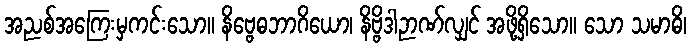
အညစ်အကြေးမှကင်းသော။ နိဗ္ဗေဓဘာဂိယော၊ နိဗ္ဗိဒါဉာဏ်လျှင် အဖို့ရှိသော။ သော သမာဓိ၊